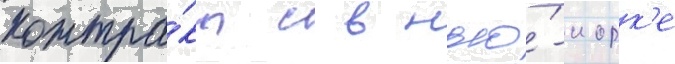
контра́кт с в нью́-иорк'е